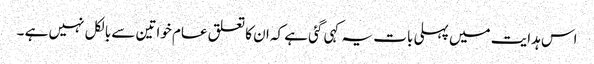
اس ہدایت میں پہلی بات یہ کہی گئی ہے کہ ان کا تعلق عام خواتین سے بالکل نہیں ہے ۔